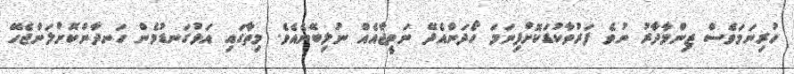
ހުރިނަމަވެސް ޒިންމާދާރު ނުވެ ފަރުވާކުޑަކޮށްފިނަމަ ހޯދަންއެދޭ ނަތީޖާއެއް ނުލިބޭނެއެވެ. މިތާގައި އަޅުގަނޑުމެން ހަނދާންކޮށްލަންޖެހޭ